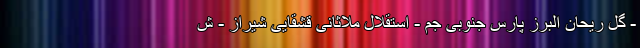
- گل ریحان البرز پارس جنوبی جم - استقلال ملاثانی قشقایی شیراز - ش